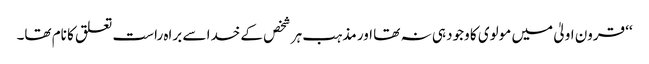
‘‘ قرون اولیٰ میں مولوی کا وجود ہی نہ تھا اور مذہب ہر شخص کے خدا سے براہ راست تعلق کا نام تھا۔